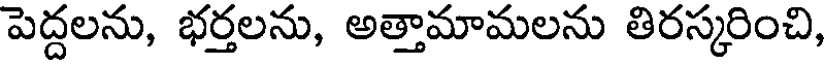
పెద్దలను, భర్తలను, అత్తామామలను తిరస్కరించి,